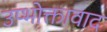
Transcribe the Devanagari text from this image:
उप्भोक्तावाद